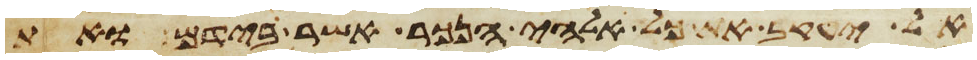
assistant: אל יעקב את כל אלהי הנכר אשר בידם ואת